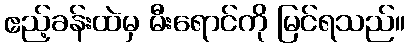
ဧည့်ခန်းထဲမှ မီးရောင်ကို မြင်ရသည်။